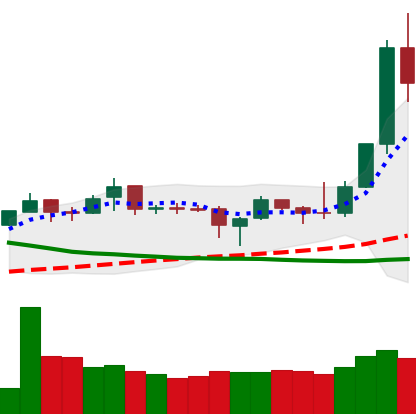
Ticker: XMR-USD
Chart end date: 2019-04-03
Forward return: 8.198%
Label: up_7plus